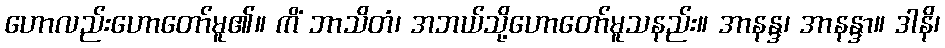
ဟောလည်းဟောတော်မူ၏။ ကိံ ဘာသိတံ၊ အဘယ်သို့ဟောတော်မူသနည်း။ အာနန္ဒ၊ အာနန္ဒာ။ ဒါနိ၊